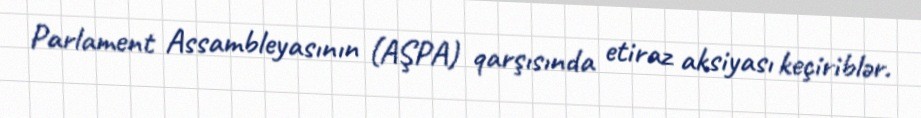
Parlament Assambleyasının (AŞPA) qarşısında etiraz aksiyası keçiriblər.